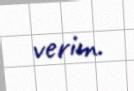
verim.